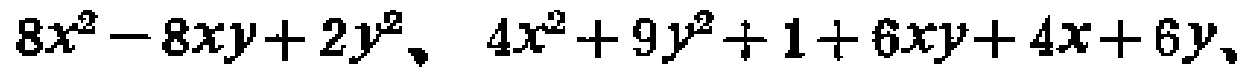
$8x^{2}-8xy + 2y^{2}、4x^{2}+9y^{2}+1 + 6xy+4x + 6y、$